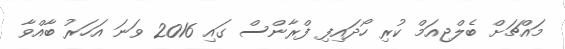
މައްޗަށް ބެލްޖިއަމް ކުރި ހޯދައިފި ފްރާންސް ގައި 2016 ވަނަ އަހަރު ބާއްވާ